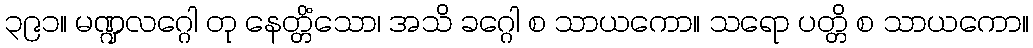
၃၉၁။ မဏ္ဍလဂ္ဂေါ တု နေတ္တိံသော၊ အသိ ခဂ္ဂေါ စ သာယကော။ သရော ပတ္တိ စ သာယကော။